Plague in India, 1896, 1897 - Volume 4
Year: 1896
Disease focus: Plague
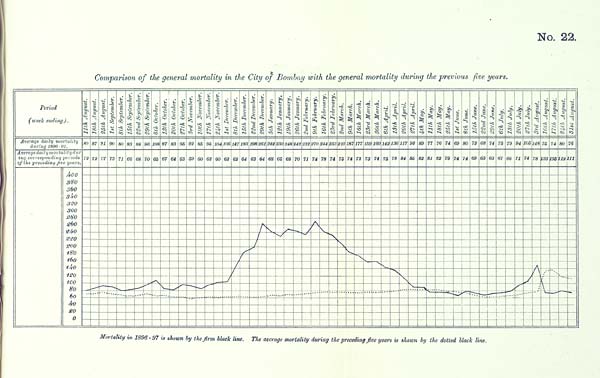
No. 22.
Comparison of the general mortality in the City of Bombay with the general mortality during the previous five years.
Mortality in 1896 - 97 is shown by the firm black line. The average mortality during the preceding five years is shown by the dotted black line.